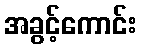
အခွင့်ကောင်း